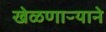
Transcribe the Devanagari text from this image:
खेळणाऱ्याने